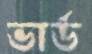
ভার্ড